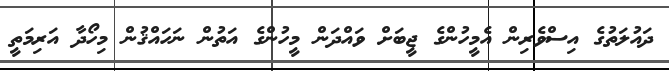
ދައުލަތުގެ އިސްވެރިން އެމީހުންގެ ޖީބަށް ވައްދަން މީހުންގެ އަތުން ނަހައްޤުން މިހޯދާ އަރިމަތީ